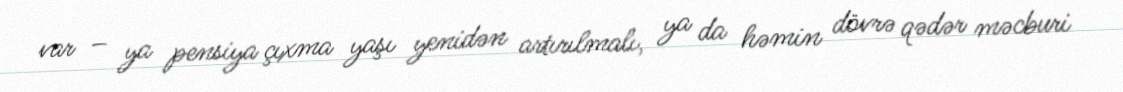
var – ya pensiya çıxma yaşı yenidən artırılmalı, ya da həmin dövrə qədər məcburi